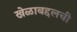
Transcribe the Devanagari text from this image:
खेळाबद्दलची